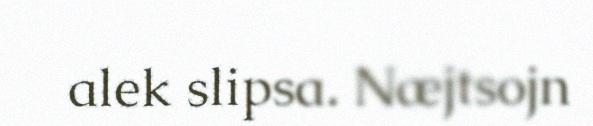
alek slipsa. Næjtsojn